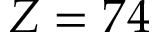
Z = 7 4